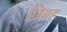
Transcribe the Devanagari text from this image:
जिबह